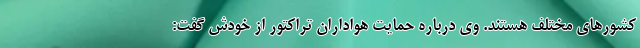
کشورهای مختلف هستند. وی درباره حمایت هواداران تراکتور از خودش گفت: